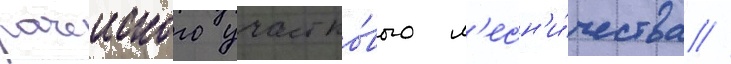
рачеиского участко́вого л'есн'и́чества //